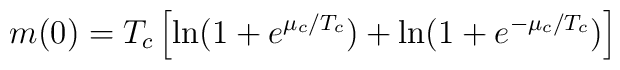
m(0)= T_c\left[\ln (1+e^{\mu_c/T_c})+                  \ln (1+e^{-\mu_c/T_c})\right]